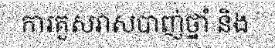
ការគួសវាសបាញ់ថ្នាំ និង